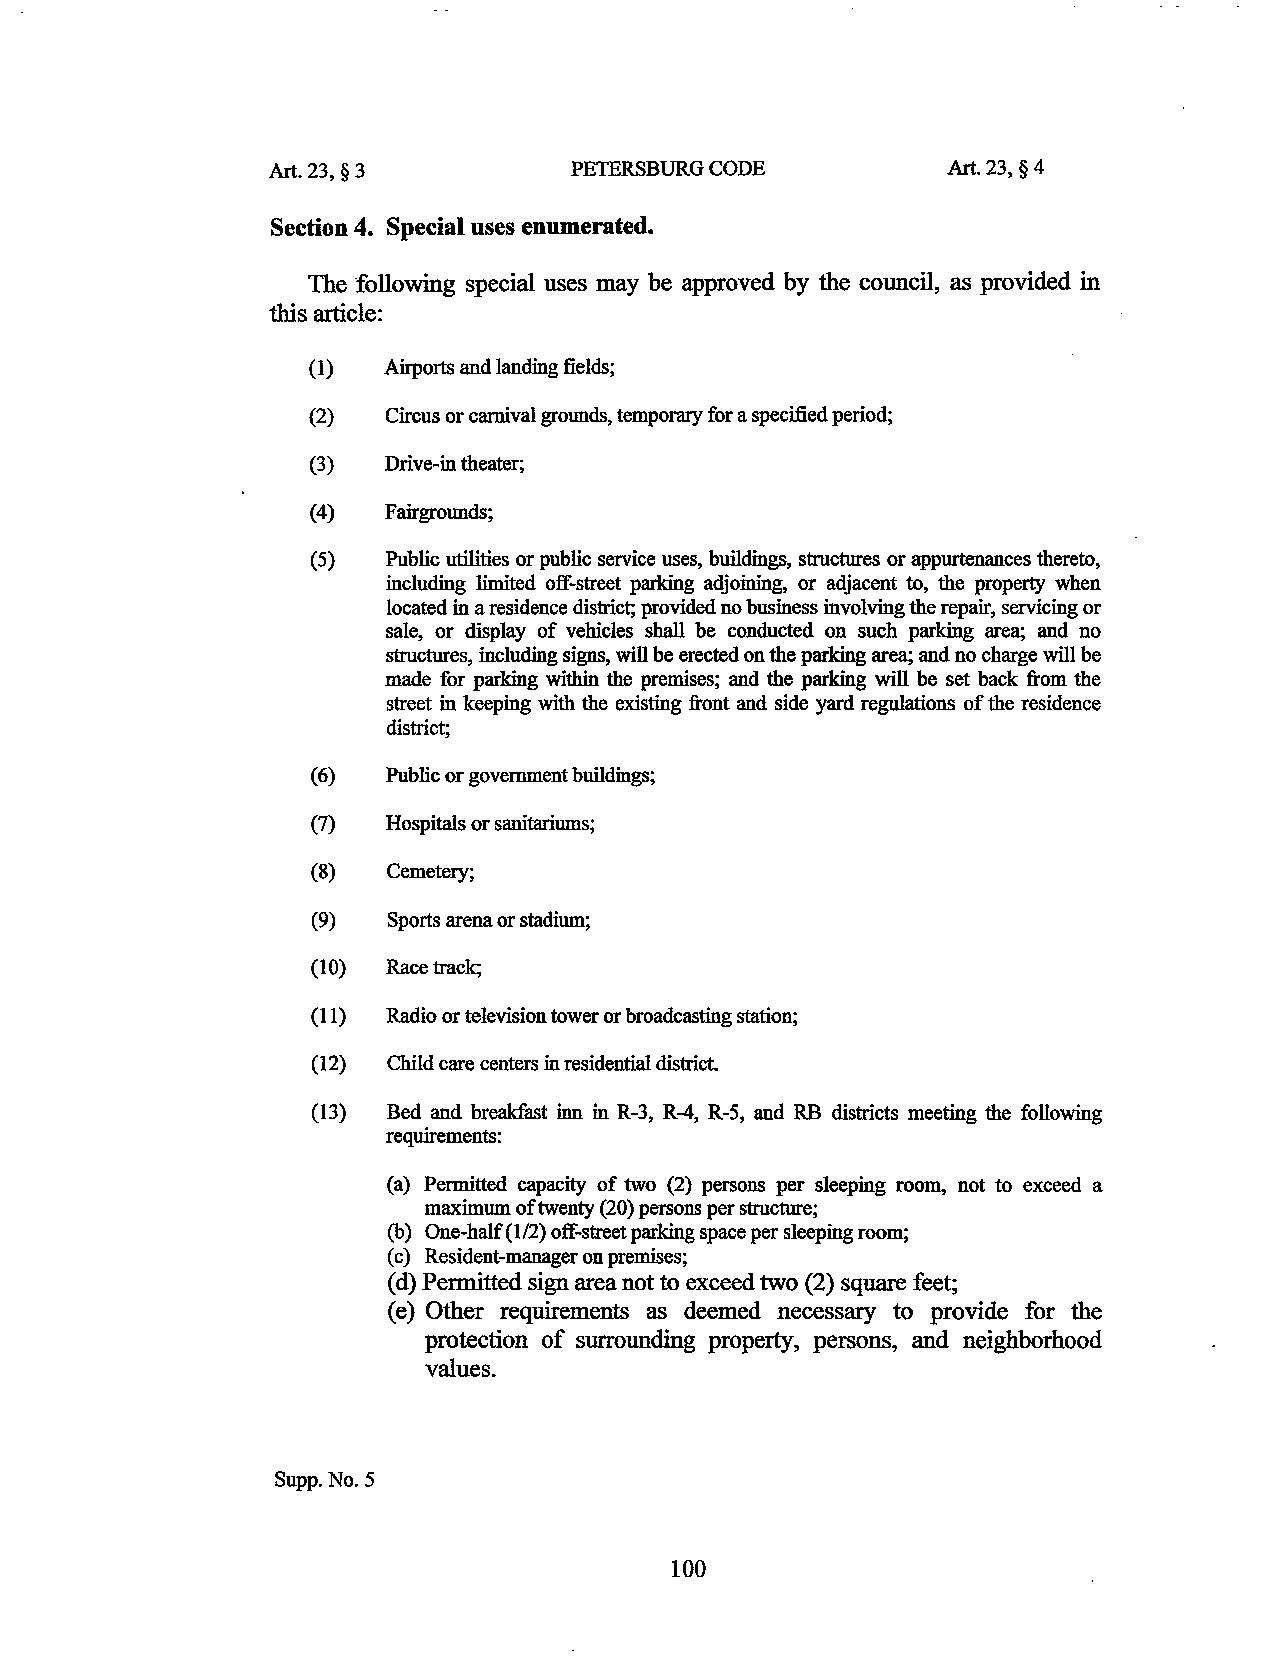
Art. 23, § 3        PETERSBURG CODE          Art.23, §4
 Section 4. Special uses enumerated.
 The following special uses may be approved by the council, as provided in
 this article:
 (1)  Airports and landing fields;
 (2)  Circus or carnival grounds, temporary for a specified period;
 (3)  Drive-in theater;
 (4)  Fairgrounds;
 (5)  Public utilities or public service uses, buildings, structures or appurtenances thereto,
 including limited off-street parking adjoining, or adjacent to, the property when
 located in a residence district; provided no business involving the repair, servicing or
 sale, or display of vehicles shall be conducted on such parking area; and no
 structures, including signs, will be erected on the parking area; and no charge will be
 made for parking within the premises; and the parking will be set back from the
 street in keeping with the existing front and side yard regulations of the residence
 district;
 (6)  Public or government buildings;
 (7)  Hospitals or sanitariums;
 (8)  Cemetery;
 (9)  Sports arena or stadium;
 (10) Race track;
 ( 11) Radio or television tower or broadcasting station;
 (12) Child care centers in residential district.
 (13) Bed and breakfast inn in R-3, R-4, R-5, and RB districts meeting the following
 requirements:
 (a) Permitted capacity of two (2) persons per sleeping room, not to exceed a
 maximum of twenty (20) persons per structure;
 (b) One-half (1/2) off-street parking space per sleeping room;
 (c) Resident-manager on premises;
 (d) Permitted sign area not to exceed two (2) square feet;
 (e) Other requirements as deemed necessary to provide for the
 protection of surrounding property, persons, and neighborhood
 values.
 Supp. No.5
 100